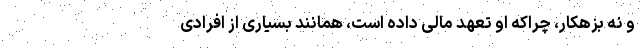
و نه بزهکار، چراکه او تعهد مالی داده است، همانند بسیاری از افرادی